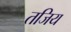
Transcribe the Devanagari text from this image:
तजिय